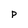
Character: P